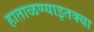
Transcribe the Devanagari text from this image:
हाताळण्याइतक्या